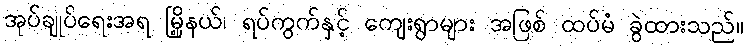
အုပ်ချုပ်ရေးအရ မြို့နယ်၊ ရပ်ကွက်နှင့် ကျေးရွာများ အဖြစ် ထပ်မံ ခွဲထားသည်။